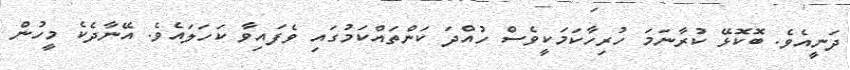
ދަނީއެވެ. ބޮކޮޅޭ ކުރާނަމަ ހުރިހާކަމަކީވެސް ހުއްދަ ކަންތައްކަމުގައި ވެފައިވާ ކަހަލައެވެ. އޭނާދެކެ މީހުން